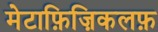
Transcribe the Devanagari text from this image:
मेटाफ़िज़िकलफ़